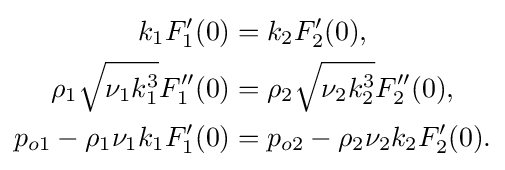
{\begin{aligned}k_{1}F_{1}'(0)&=k_{2}F_{2}'(0),\\\rho _{1}{\sqrt {\nu _{1}k_{1}^{3}}}F_{1}''(0)&=\rho _{2}{\sqrt {\nu _{2}k_{2}^{3}}}F_{2}''(0),\\p_{o1}-\rho _{1}\nu _{1}k_{1}F_{1}'(0)&=p_{o2}-\rho _{2}\nu _{2}k_{2}F_{2}'(0).\end{aligned}}